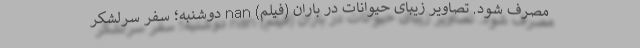
مصرف شود. تصاویر زیبای حیوانات در باران (فیلم) nan دوشنبه؛ سفر سرلشکر